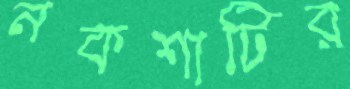
নকশাটির